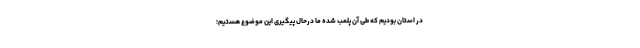
در استان بودیم که طی آن پلمب شده ما درحال پیگیری این موضوع هستیم؛